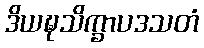
ဒိယဍ္ဎသိက္ခာပဒသတံ